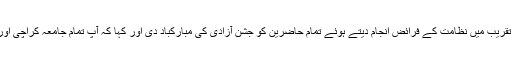
رجسٹرارپروفیسر ڈاکٹر معظم علی خان نے تقریب میں نظامت کے فرائض انجام دیتے ہوئے تمام حاضرین کو جشن آزادی کی مبارکباد دی اور کہا کہ آپ تمام جامعہ کراچی اور ملک کی ترقی میں اپنا اپنا کردار اداکریں ۔